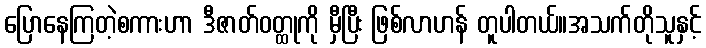
ပြောနေကြတဲ့စကားဟာ ဒီဇာတ်ဝတ္ထုကို မှီပြီး ဖြစ်လာဟန် တူပါတယ်။အသက်တိုသူနှင့်